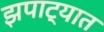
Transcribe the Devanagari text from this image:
झपाट्यात